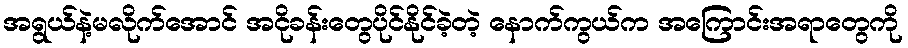
အရွယ်နဲ့မလိုက်အောင် အငိုခန်းတွေပိုင်နိုင်ခဲ့တဲ့ နောက်ကွယ်က အကြောင်းအရာတွေကို